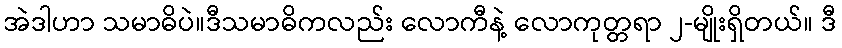
အဲဒါဟာ သမာဓိပဲ။ဒီသမာဓိကလည်း လောကီနဲ့ လောကုတ္တရာ ၂-မျိုးရှိတယ်။ ဒီ